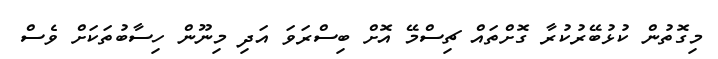
މިގޮތުން ކުޅުބޭރުކުރާ ގޮށްތައް ޗިސްމޭ އޮށް ބިސްރަވަ އަދި މިނޫން ހިސާބުތަކަށް ވެސް